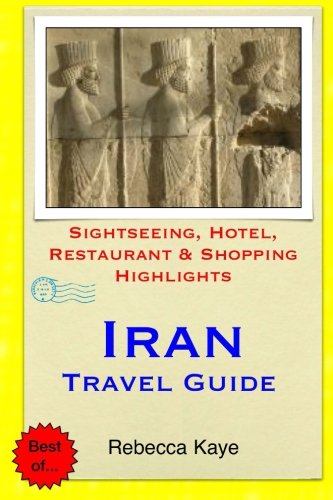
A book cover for Iran Travel Guide: Sightseeing, Hotel, Restaurant & Shopping Highlights; Rebecca Kaye; Travel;